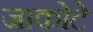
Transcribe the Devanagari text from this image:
जाकोटे